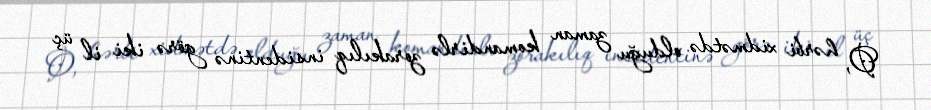
O, hərbi xidmətdə olduğu zaman komandirlə zorakılıq insidentinə görə iki il üç